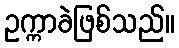
ဥက္ကာခဲဖြစ်သည်။